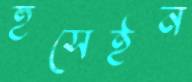
হুসেইন